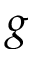
g